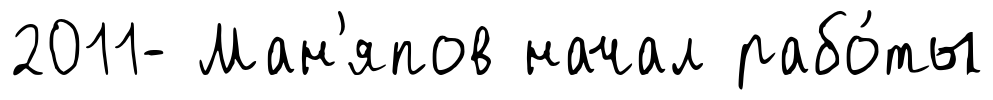
2011- Ман'япов начал рабо́ты